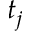
t _ { j }